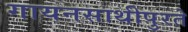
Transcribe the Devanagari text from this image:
गायनसाथीपुरते